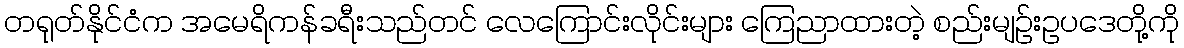
တရုတ်နိုင်ငံက အမေရိကန်ခရီးသည်တင် လေကြောင်းလိုင်းများ ကြေညာထားတဲ့ စည်းမျဉ်းဥပဒေတို့ကို